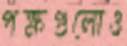
পক্ষগুলোও